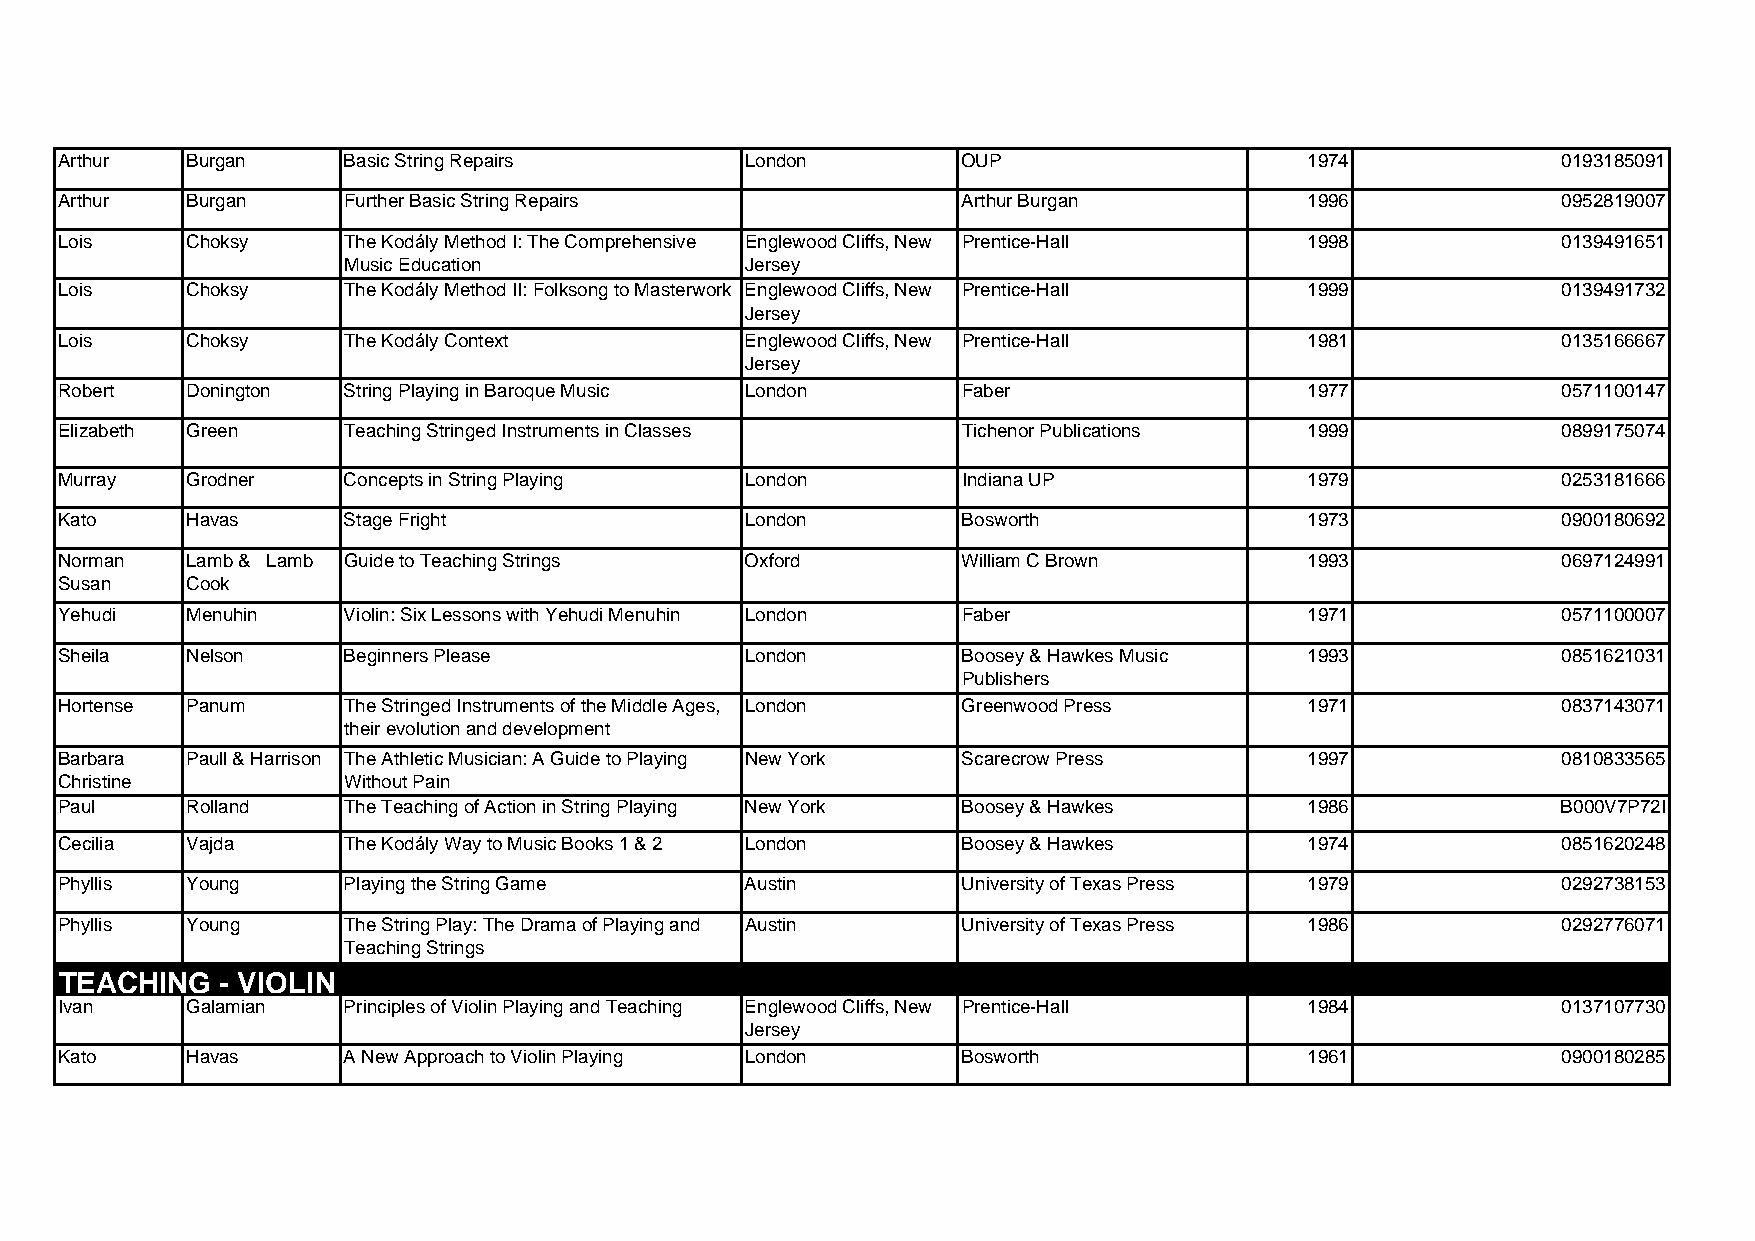
Arthur  Burgan     Basic String Repairs      London         OUP                    1974            0193185091
 Arthur  Burgan     Further Basic String Repairs             Arthur Burgan          1996            0952819007
 Lois    Choksy     The Kodály Method I: The Comprehensive Englewood Cliffs, New Prentice-Hall 1998 0139491651
 Music Education           Jersey
 Lois    Choksy     The Kodály Method II: Folksong to Masterwork Englewood Cliffs, New Prentice-Hall 1999 0139491732
 Jersey
 Lois    Choksy     The Kodály Context        Englewood Cliffs, New Prentice-Hall   1981            0135166667
 Jersey
 Robert  Donington  String Playing in Baroque Music London   Faber                  1977            0571100147
 Elizabeth Green    Teaching Stringed Instruments in Classes Tichenor Publications  1999            0899175074
 Murray  Grodner    Concepts in String Playing London        Indiana UP             1979            0253181666
 Kato    Havas      Stage Fright              London         Bosworth               1973            0900180692
 Norman  Lamb & Lamb Guide to Teaching Strings Oxford        William C Brown        1993            0697124991
 Susan   Cook
 Yehudi  Menuhin    Violin: Six Lessons with Yehudi Menuhin London Faber            1971            0571100007
 Sheila  Nelson     Beginners Please          London         Boosey & Hawkes Music  1993            0851621031
 Publishers
 Hortense Panum     The Stringed Instruments of the Middle Ages, London Greenwood Press 1971        0837143071
 their evolution and development
 Barbara Paull & Harrison The Athletic Musician: A Guide to Playing New York Scarecrow Press 1997   0810833565
 Christine          Without Pain
 Paul    Rolland    The Teaching of Action in String Playing New York Boosey & Hawkes 1986          B000V7P72I
 Cecilia Vajda      The Kodály Way to Music Books 1 & 2 London Boosey & Hawkes      1974            0851620248
 Phyllis Young      Playing the String Game   Austin         University of Texas Press 1979         0292738153
 Phyllis Young      The String Play: The Drama of Playing and Austin University of Texas Press 1986 0292776071
 Teaching Strings
 TEACHING   - VIOLIN
 Ivan    Galamian   Principles of Violin Playing and Teaching Englewood Cliffs, New Prentice-Hall 1984 0137107730
 Jersey
 Kato    Havas      A New Approach to Violin Playing London  Bosworth               1961            0900180285